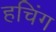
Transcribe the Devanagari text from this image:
हचिंग